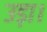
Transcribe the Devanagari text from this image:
उड़ा।